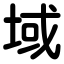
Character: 域